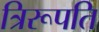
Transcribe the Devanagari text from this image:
त्रिरूपति